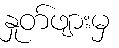
နှုတ်ဖျားမှ